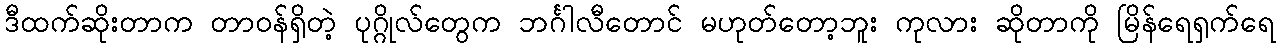
ဒီထက်ဆိုးတာက တာဝန်ရှိတဲ့ ပုဂ္ဂိုလ်တွေက ဘင်္ဂါလီတောင် မဟုတ်တော့ဘူး ကုလား ဆိုတာကို မြိန်ရေရှက်ရေ